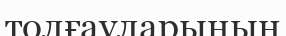
толғауларының